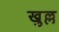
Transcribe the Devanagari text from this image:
खुल्ल